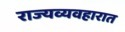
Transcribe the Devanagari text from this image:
राज्यव्यवहारात